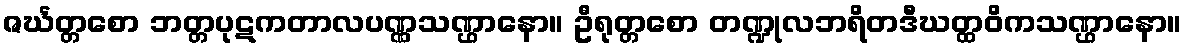
ဇင်္ဃတ္တစော ဘတ္တပုဋကတာလပဏ္ဏသဏ္ဌာနော။ ဦရုတ္တစော တဏ္ဍုလဘရိတဒီဃတ္ထဝိကသဏ္ဌာနော။